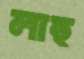
লাহু